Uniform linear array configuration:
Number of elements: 64
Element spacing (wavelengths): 0.25
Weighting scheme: blackman
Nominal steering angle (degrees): -60
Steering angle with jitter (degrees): -60.69
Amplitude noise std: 0.05
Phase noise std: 0.05

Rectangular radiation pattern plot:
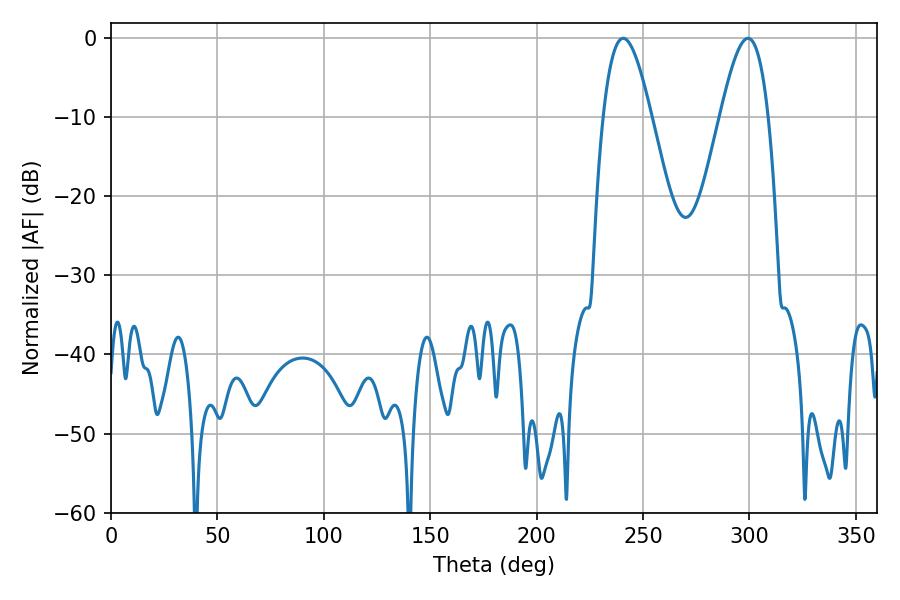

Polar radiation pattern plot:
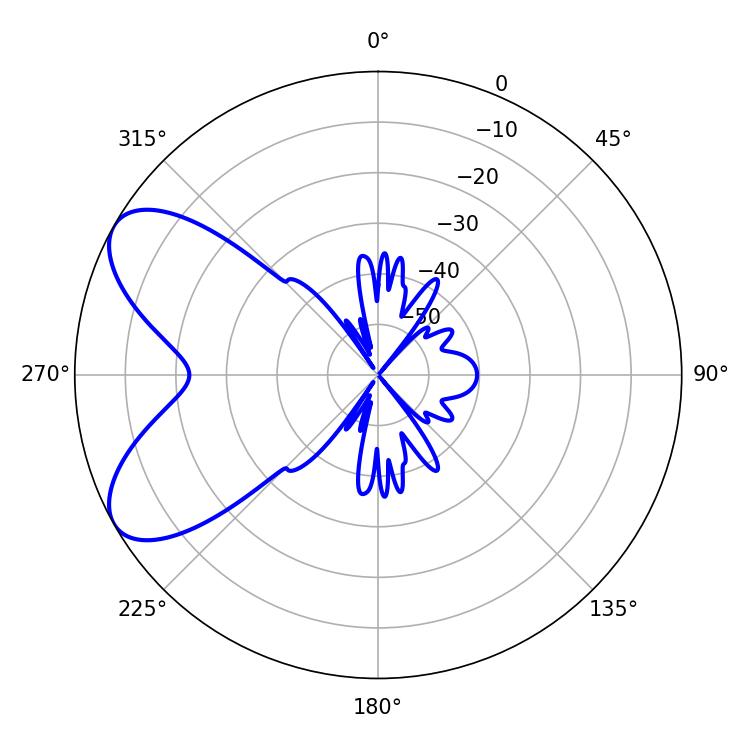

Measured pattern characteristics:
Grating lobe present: FALSE
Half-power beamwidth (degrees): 12.24
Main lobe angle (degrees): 240.66